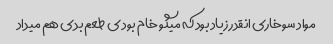
مواد سوخاری انقدر زیاد بود که میگو خام بود ی طعم بدی هم میداد